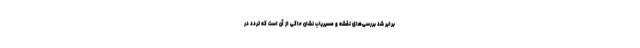
برابر شد بررسی‌های نقشه و مسیریاب نشان حاکی از آن است که تردد در